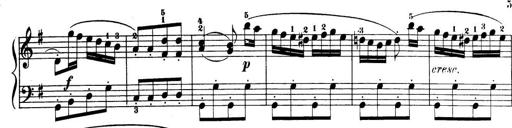
Title: 32 Sonatinas and Rondos for the Piano
Composer: Richard Kleinmichel